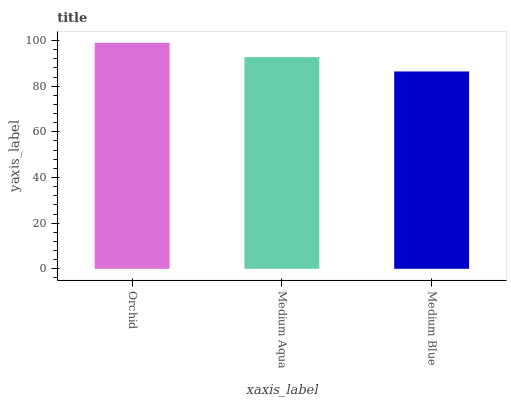
| xaxis_label | bars |
 | --- | --- |
 | Orchid | 99 |
 | Medium Aqua | 92.7 |
 | Medium Blue | 86.5 |